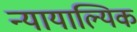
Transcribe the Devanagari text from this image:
न्यायाल्यिक